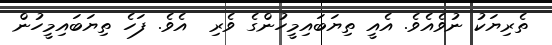
ތެރިޔަކު ނުވެއެވެ. އެއީ ތިޔަބައިމީހުންގެ ވެރި  އެވެ. ފަހެ ތިޔަބައިމީހުން